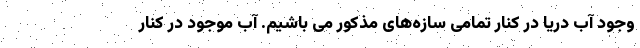
وجود آب دریا در کنار تمامی سازه‌های مذکور می باشیم. آب موجود در کنار